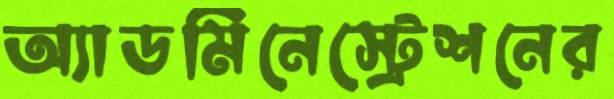
অ্যাডমিনেস্ট্রেশনের